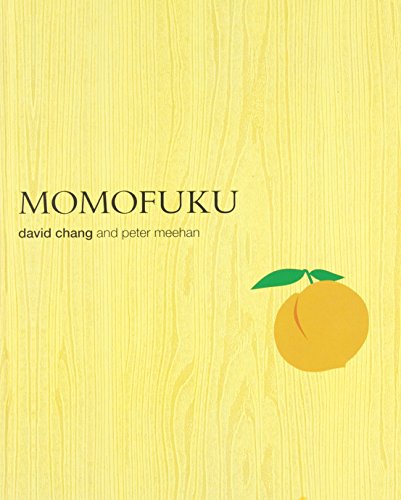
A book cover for Momofuku; David Chang; Cookbooks, Food & Wine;